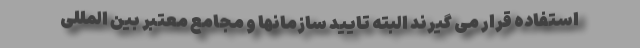
استفاده قرار می گیرند البته تایید سازمانها و مجامع معتبر بین المللی